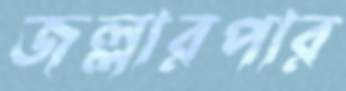
জল্লারপার